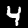
Label: 4